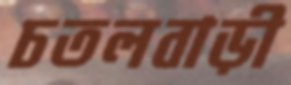
চতলবাড়ী